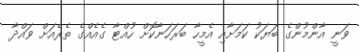
ވަނީ އާންމުންގެ ބަޔަކު ކަމަށާއި އެމީހާ ބަރަހަނާކޮށް ހުއްޓާ ގެއެއްގެ ތެރެއަށް ވައްދާ